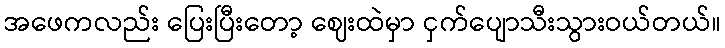
အဖေကလည်း ပြေးပြီးတော့ ဈေးထဲမှာ ငှက်ပျောသီးသွားဝယ်တယ်။